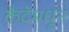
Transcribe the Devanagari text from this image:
कैदेमधून